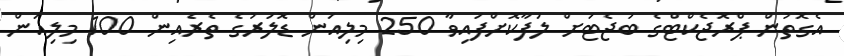
އެގޮތުން ޕްރޮޖެކްޓްގެ ބަޖެޓަށް ލަފާކޮށްފައިވާ 250 މިލިއަން ޑޮލަރުގެ ތެރެއިން 100 މިލިއަން